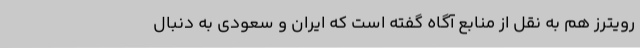
رویترز هم به نقل از منابع آگاه گفته است که ایران و سعودی به دنبال